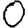
Digit: 0